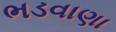
ભડવાણા